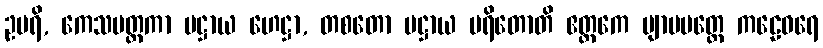
ဥပရိ, ကေသမတ္ထကာ ပဋ္ဌာယ ဟေဋ္ဌာ, တစတော ပဋ္ဌာယ ပရိတောတိ ဧတ္တကေ ဗျာမမတ္တေ ကဠေဝရေ